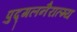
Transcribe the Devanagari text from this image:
पुद्गलनैरात्म्य